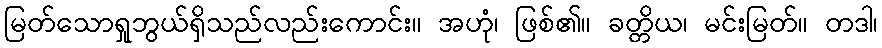
မြတ်သောရှုဘွယ်ရှိသည်လည်းကောင်း။ အဟုံ၊ ဖြစ်၏။ ခတ္တိယ၊ မင်းမြတ်။ တဒါ၊